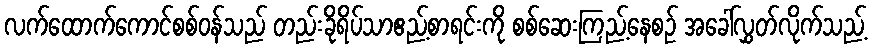
လက်ထောက်ကောင်စစ်ဝန်သည် တည်းခိုရိပ်သာဧည့်စာရင်းကို စစ်ဆေးကြည့်နေစဉ် အခေါ်လွှတ်လိုက်သည့်